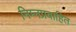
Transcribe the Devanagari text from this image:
निम्नप्रवाहित